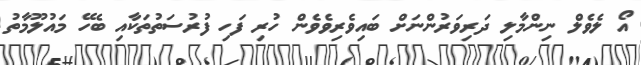
އޯ ލެވެލް ނިންމާލި ދަރިވަރުންނަށް ބައިވެރިވެވެން ހުރި ފަހި ފުރުސަތުތަކާއި ބެހޭ މައުލޫމާތު